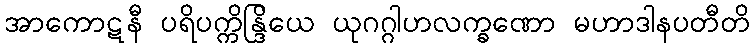
အာကောဋနီ ပရိပက္ကိန္ဒြိယေ ယုဂဂ္ဂါဟလက္ခဏော မဟာဒါနပတီတိ